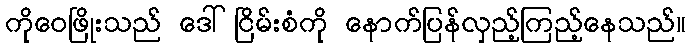
ကိုဝေဖြိုးသည် ဒေါ်ငြိမ်းစံကို နောက်ပြန်လှည့်ကြည့်နေသည်။